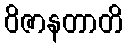
ဝိဇာနတာတိ